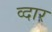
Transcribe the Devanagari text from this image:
व्दार